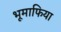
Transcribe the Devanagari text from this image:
भूमाफिया